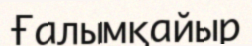
Ғалымқайыр